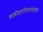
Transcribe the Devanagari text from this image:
वप्रक्रीडापरिणतगजप्रेक्षणीयं